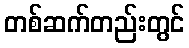
တစ်ဆက်တည်းတွင်